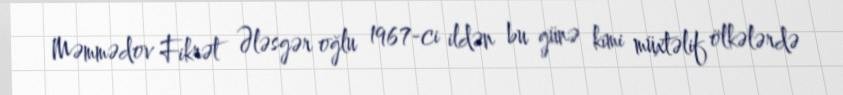
Məmmədov Fikrət Ələsgər oğlu 1967-ci ildən bu günə kimi müxtəlif ölkələrdə